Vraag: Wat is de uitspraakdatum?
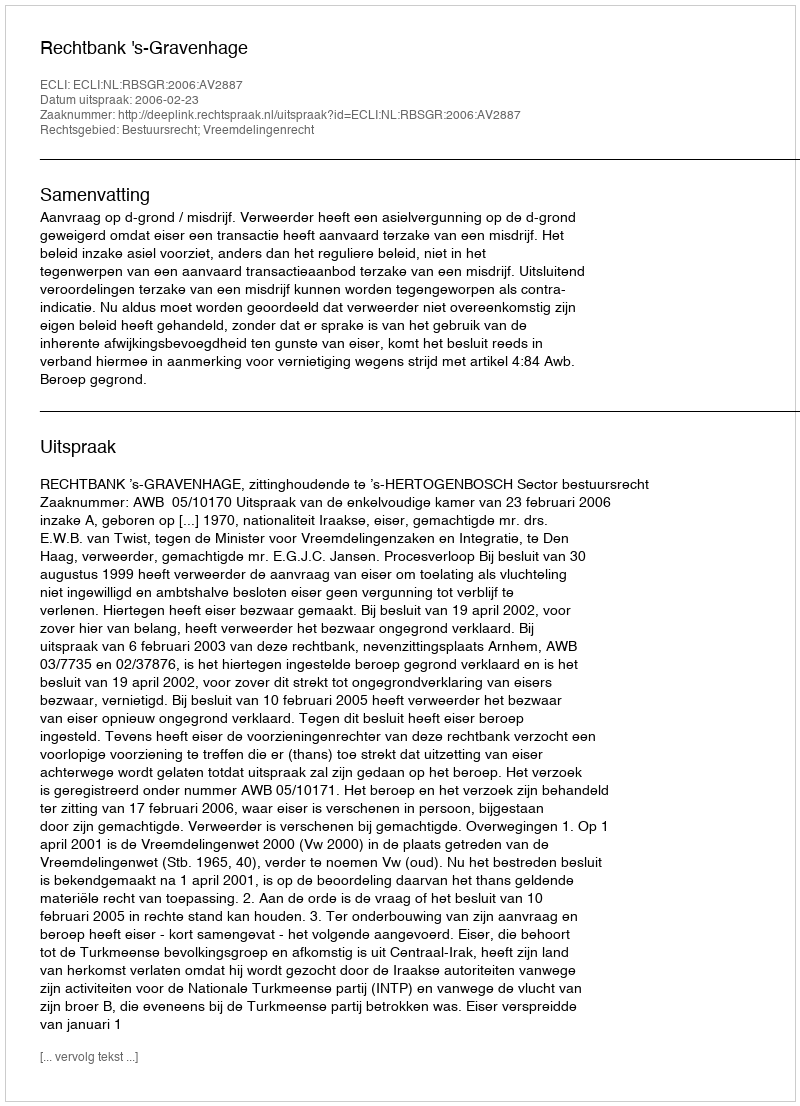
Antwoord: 2006-02-23